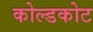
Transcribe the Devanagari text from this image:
कोल्डकोट